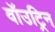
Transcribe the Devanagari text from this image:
वॉउट्रिन